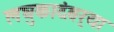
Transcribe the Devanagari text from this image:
लघुकादंबर्‍या